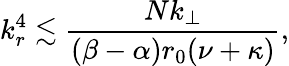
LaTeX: k_{r}^{4}\lesssim\frac{Nk_{\perp}}{(\beta-\alpha)r_{0}(\nu+\kappa)},